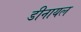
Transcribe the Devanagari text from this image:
डीनायल